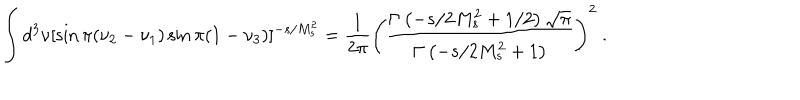
\int d ^ { 3 } \nu [ \sin \pi ( \nu _ { 2 } - \nu _ { 1 } ) \sin \pi ( 1 - \nu _ { 3 } ) ] ^ { - s / M _ { s } ^ { 2 } } = { \frac { 1 } { 2 \pi } } \left( { \frac { \Gamma \left( - s / 2 M _ { s } ^ { 2 } + 1 / 2 \right) \sqrt { \pi } } { \Gamma \left( - s / 2 M _ { s } ^ { 2 } + 1 \right) } } \right) ^ { 2 } \ .